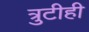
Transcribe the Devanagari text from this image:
त्रुटीही